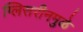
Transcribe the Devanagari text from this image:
ग्लिसरीनमुळे